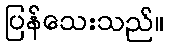
ပြန်သေးသည်။